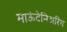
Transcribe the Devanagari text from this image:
माऊंटेनिअरिंग